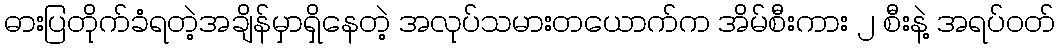
ဓားပြတိုက်ခံရတဲ့အချိန်မှာရှိနေတဲ့ အလုပ်သမားတယောက်က အိမ်စီးကား ၂ စီးနဲ့ အရပ်ဝတ်